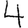
Digit: 4